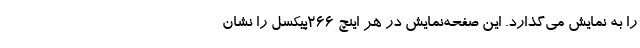
را به نمایش می‌گذارد. این صفحه‌نمایش در هر اینچ 266پیکسل را نشان